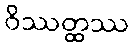
ဝိဿတ္ထဿ